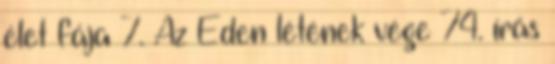
élet fája 7. Az Éden létének vége 74. írás